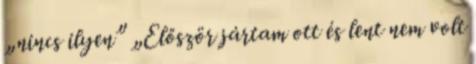
„nincs ilyen” „Először jártam ott és lent nem volt